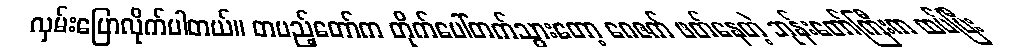
လှမ်းပြောလိုက်ပါတယ်။ တပည့်တော်က တိုက်ပေါ်တက်သွားတော့ ဂေဇက် ဖတ်နေတဲ့ ဘုန်းတော်ကြီးက ထပ်ပြီး